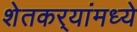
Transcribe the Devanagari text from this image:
शेतकर्‍यांमध्ये